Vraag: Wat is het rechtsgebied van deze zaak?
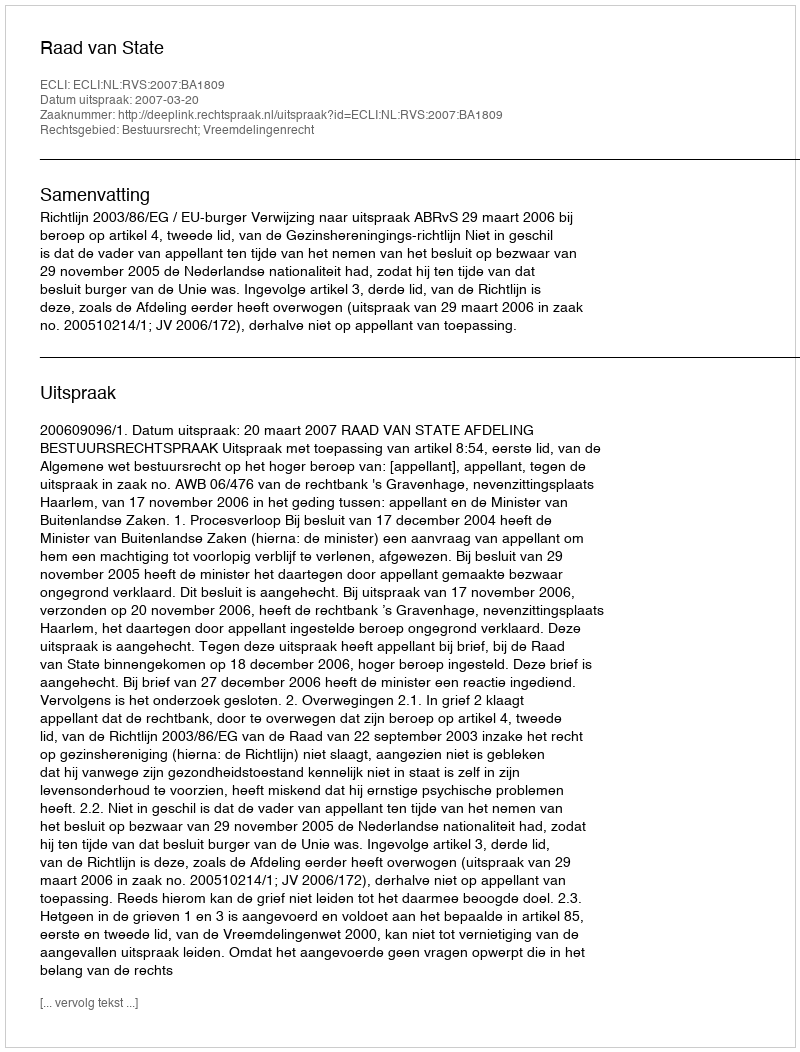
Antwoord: Bestuursrecht; Vreemdelingenrecht